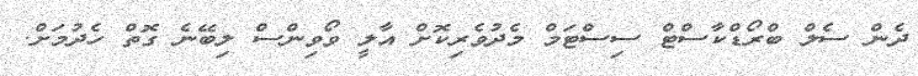
ދެން ސެލް ބްރޯޑްކާސްޓް ސިސްޓަމް މެދުވެރިކޮށް އާލީ ވޯވިންސް ލިބޭނެ ގޮތް ހެދުމަށް.